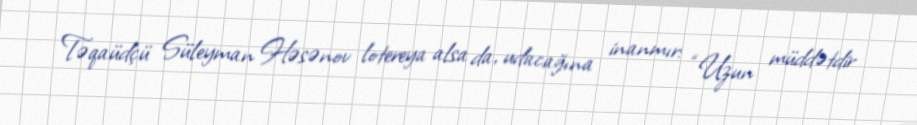
Təqaüdçü Süleyman Həsənov lotereya alsa da, udacağına inanmır: “Uzun müddətdir